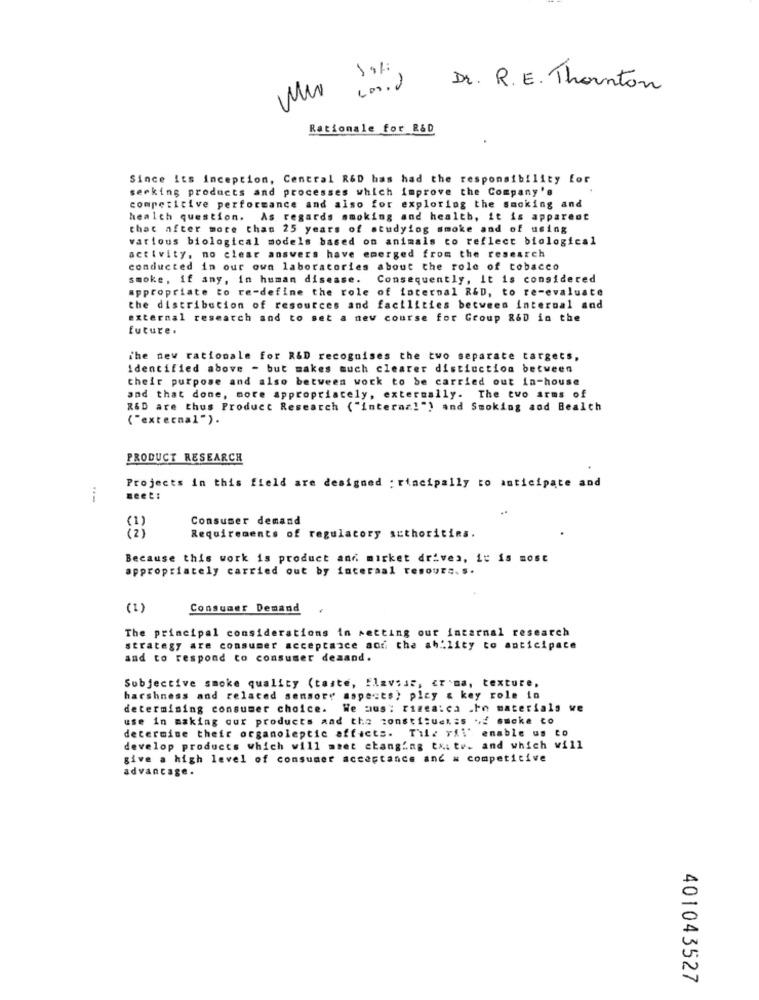
£
Dr. R. E. Thornton
Rationale for R&D
Since its inception, Central R&D has had the responsibility for
serking products and processes which improve the Company's
competitive performance and also for exploring the smoking and
health question. As regards smoking and health, it is apparent
that after more than 25 years of studying smoke and of using
various biological models based on animals to reflect biological
activity, no clear answers have emerged from the research
conducted in our own laboratories about the role of tobacco
smoke, if any, in human disease.
Consequently, It is considered
appropriate to re-define the role of internal R&D, to re-evaluate
the distribution of resources and facilities between internal and
external research and to set a new course for Group &&D in the
future .
The new rationale for R&D recognises the two separate targets,
identified above - but makes much clearer distinction between
their purpose and also between work to be carried out in-house
and that done, more appropriately, externally. The tvo arms of
R&D are thus Product Research ("interaz!") and Smoking and Bealch
("external ").
PRODUCT RESEARCH
Projects in this field are designed : rincipally to anticipate and
seet:
Consumer demand
Requirements of regulatory authorities.
Because this work is product and mirket drives, it is most
appropriately carried out by inceraal tesoura. s.
(1)
Consumer Demand
The principal considerations in setting our internal research
strategy are consumer acceptance and the ability to anticipate
and to respond to consumer deaand.
Subjective smoke quality (taste, flavsse, < r'ma, texture,
harshness and related sensory aspects) play & key role in
determining consumer choice. We mus: rizea:ca .In materials we
use in making our products and the constituer=s +,2 smoke to
determine their organoleptic affacts. Tile ril' enable us to
develop products which will meet changing tx: te. and which will
give a high level of consumer acceptance and = competitive
advantage.
401043527